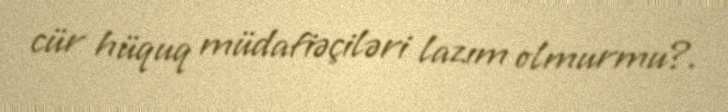
cür hüquq müdafiəçiləri lazım olmurmu?.